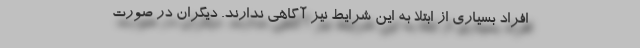
افراد بسیاری از ابتلا به این شرایط نیز آگاهی ندارند. دیگران در صورت